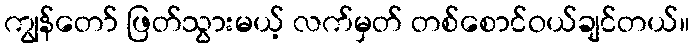
ကျွန်တော် ဖြတ်သွားမယ့် လက်မှတ် တစ်စောင်ဝယ်ချင်တယ်။